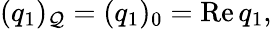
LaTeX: (q_{1})_{\cal Q}=(q_{1})_{0}=\mathrm{Re}\, q_{1},